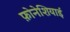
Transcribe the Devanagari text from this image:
फ़ोनेशियाई